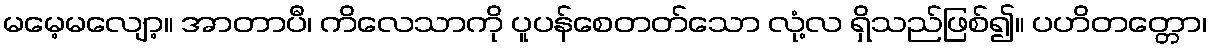
မမေ့မလျော့။ အာတာပီ၊ ကိလေသာကို ပူပန်စေတတ်သော လုံ့လ ရှိသည်ဖြစ်၍။ ပဟိတတ္တော၊